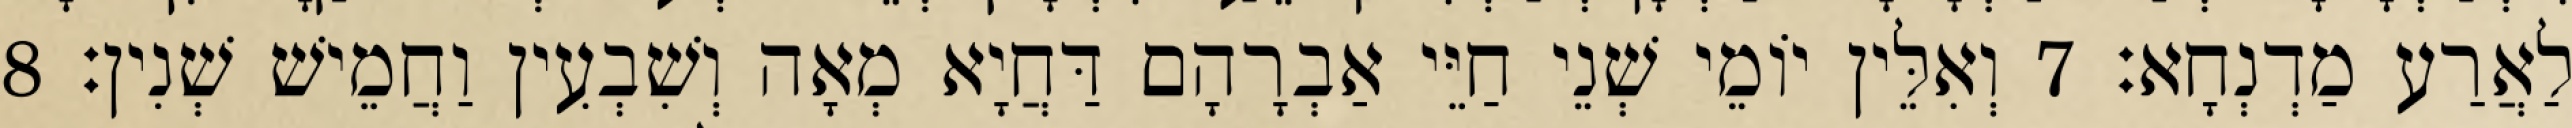
לַאֲרַע מַדְנְחָא׃ 7 וְאִלֵּין יוֹמֵי שְׁנֵי חַיֵּי אַבְרָהָם דַּחֲיָא מְאָה וְשִׁבְעִין וַחֲמֵישׁ שְׁנִין׃ 8